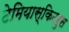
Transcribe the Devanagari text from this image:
टेमियास्किउरुस